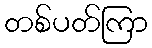
တစ်ပတ်ကြာ